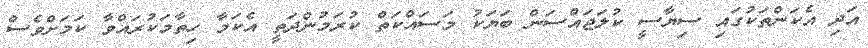
އަދި އެކަންތަކުގައި ސިޔާސީ ކުލަޖައްސަން ބަޔަކު މަސައްކަތް ކުރަމުންދަތީ އެކަމާ ހިތާމަކުރައްވާ ކަމަށްވެސް